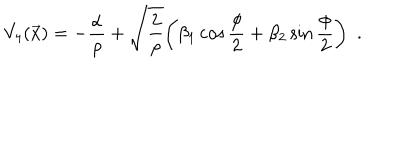
LaTeX: V _ { 4 } ( \vec { x } ) = - { \frac { \alpha } { \rho } } + \sqrt { \frac { 2 } { \rho } } \bigg ( \beta _ { 1 } \cos { \frac { \phi } { 2 } } + \beta _ { 2 } \sin { \frac { \phi } { 2 } } \bigg ) \enspace .